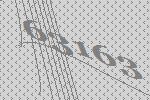
63163